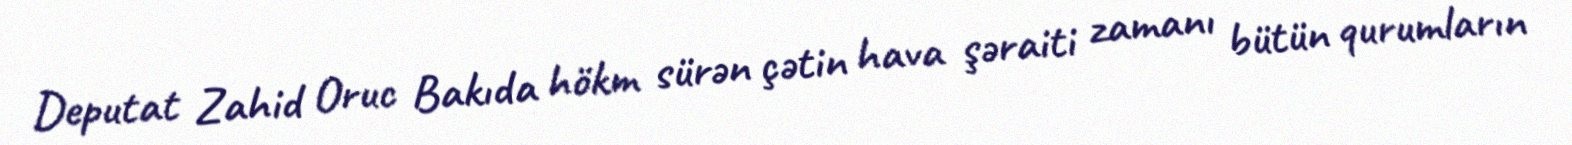
Deputat Zahid Oruc Bakıda hökm sürən çətin hava şəraiti zamanı bütün qurumların